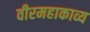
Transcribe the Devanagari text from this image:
वीरमहाकाव्य